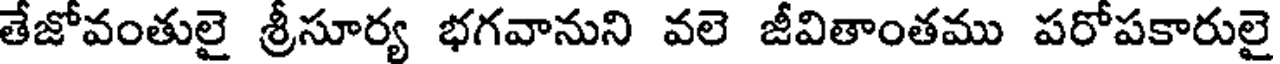
తేజోవంతులై శ్రీసూర్య భగవానుని వలె జీవితాంతము పరోపకారులై